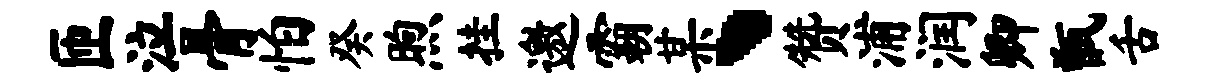
匝泣骨怕癸煦挂邀霸某、赞浦润卿甑舌